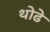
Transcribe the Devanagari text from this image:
थोढे